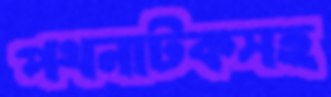
পথনাটকসহ